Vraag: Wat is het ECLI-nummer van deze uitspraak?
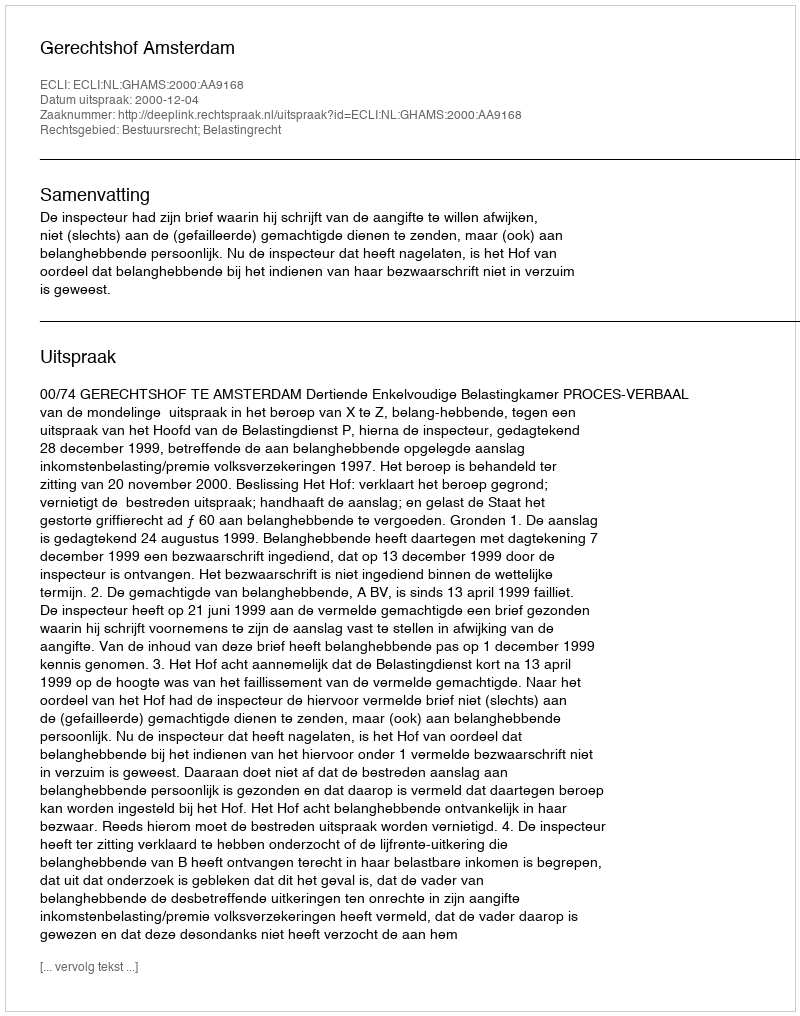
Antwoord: ECLI:NL:GHAMS:2000:AA9168